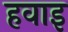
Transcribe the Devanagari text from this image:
हवाइ